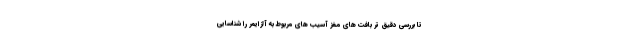
تا بررسی دقیق تر بافت های مغز آسیب های مربوط به آلزایمر را شناسایی